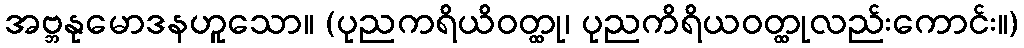
အဗ္ဘနုမောဒနဟူသော။ (ပုညကရိယိဝတ္ထု၊ ပုညကိရိယဝတ္ထုလည်းကောင်း။)